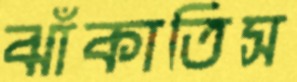
ঝাঁকাতিস